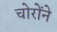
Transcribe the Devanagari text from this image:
चोरोंने